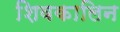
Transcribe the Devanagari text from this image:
शिवकालिन